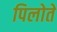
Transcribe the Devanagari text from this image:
पिलोते